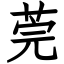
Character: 莞